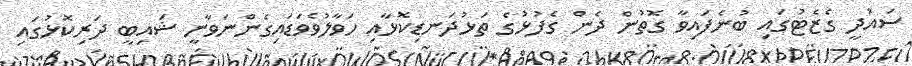
ސައުދީ ގެޒެޓުގައި ބުނެފައިވާ ގޮތުން ދެން ގެފުޅުގެ ތަޅުދަނޑިކޮޅާއި ހަވާލުވެވަޑައިގެންނަވާނީ ޝައިބީ ދަރިކޮޅުގައި